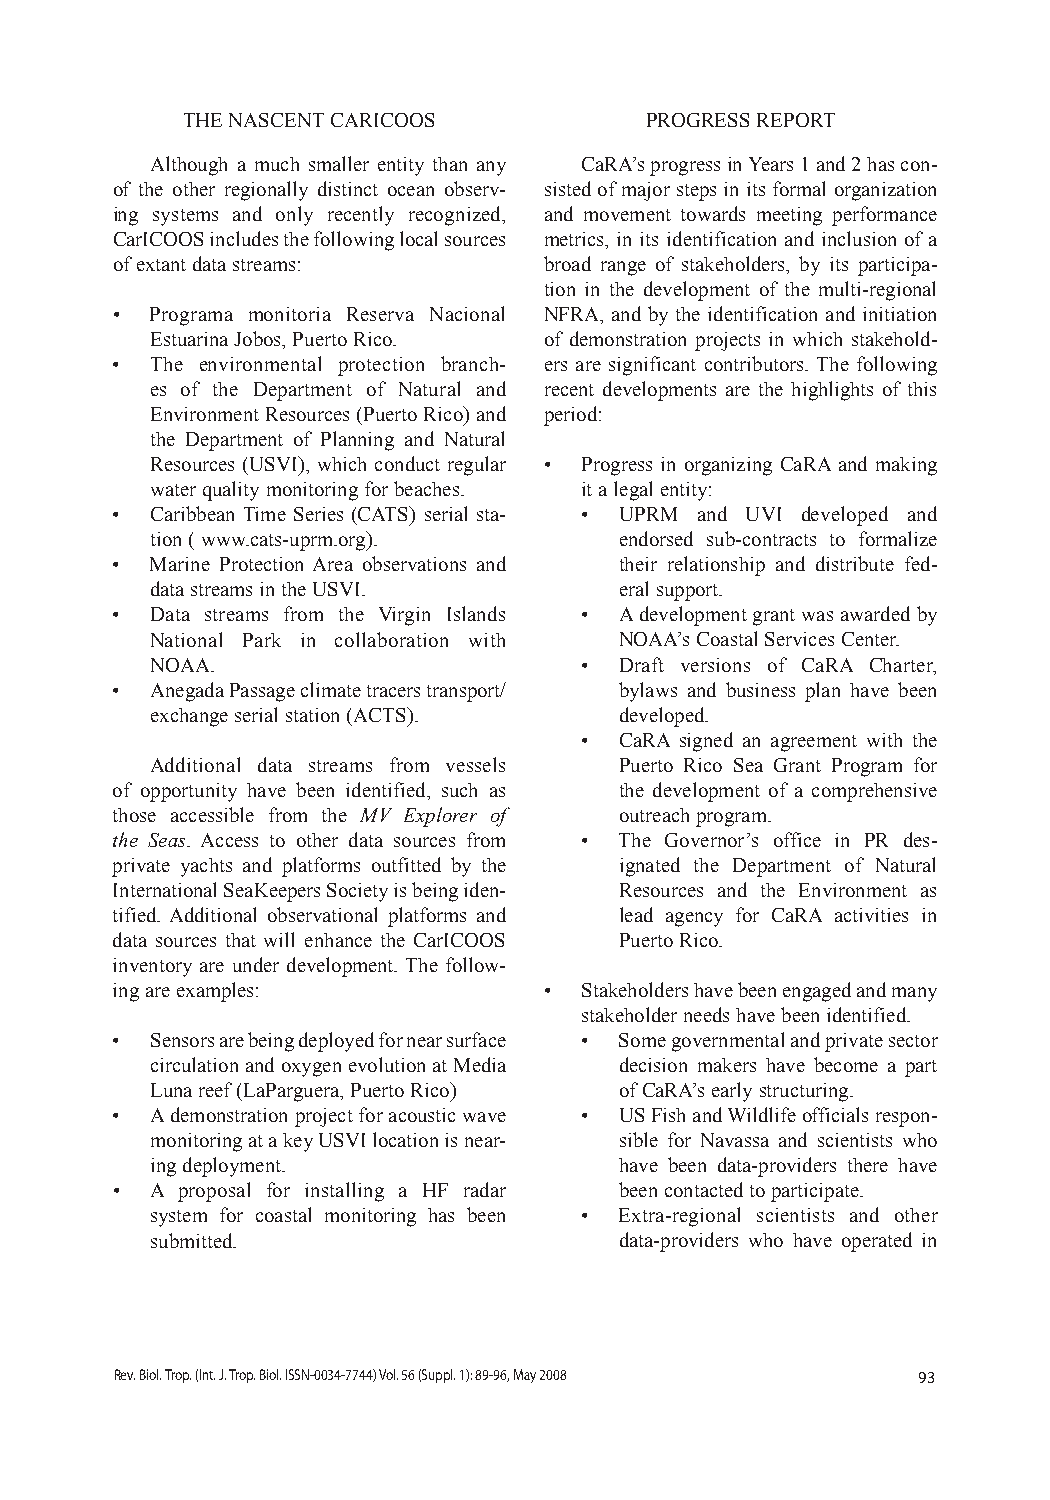
THE NASCENT CARICOOS           PROGRESS REPORT
 Although a much smaller entity than any CaRA’s progress in Years 1 and 2 has con-
 of the other regionally distinct ocean observ- sisted of major steps in its formal organization
 ing systems and only recently recognized, and movement towards meeting performance
 CarICOOS includes the following local sources metrics, in its identification and inclusion of a
 of extant data streams:      broad range of stakeholders, by its participa-
 tion in the development of the multi-regional
 •  Programa monitoria Reserva Nacional NFRA, and by the identification and initiation
 Estuarina Jobos, Puerto Rico. of demonstration projects in which stakehold-
 •  The environmental protection branch- ers are significant contributors. The following
 es of the Department of Natural and recent developments are the highlights of this
 Environment Resources (Puerto Rico) and period:
 the Department of Planning and Natural
 Resources (USVI), which conduct regular • Progress in organizing CaRA and making
 water quality monitoring for beaches. it a legal entity:
 •  Caribbean Time Series (CATS) serial sta- • UPRM and UVI developed and
 tion ( www.cats-uprm.org).     endorsed sub-contracts to formalize
 •  Marine Protection Area observations and their relationship and distribute fed-
 data streams in the USVI.      eral support.
 •  Data streams from the Virgin Islands • A development grant was awarded by
 National Park in collaboration with NOAA’s Coastal Services Center.
 NOAA.                       •  Draft versions of CaRA Charter,
 •  Anegada Passage climate tracers transport/ bylaws and business plan have been
 exchange serial station (ACTS). developed.
 •  CaRA signed an agreement with the
 Additional data streams from vessels Puerto Rico Sea Grant Program for
 of opportunity have been identified, such as the development of a comprehensive
 those accessible from the MV Explorer of outreach program.
 the Seas. Access to other data sources from • The Governor’s office in PR des-
 private yachts and platforms outfitted by the ignated the Department of Natural
 International SeaKeepers Society is being iden- Resources and the Environment as
 tified. Additional observational platforms and lead agency for CaRA activities in
 data sources that will enhance the CarICOOS Puerto Rico.
 inventory are under development. The follow-
 ing are examples:            • Stakeholders have been engaged and many
 stakeholder needs have been identified.
 •  Sensors are being deployed for near surface • Some governmental and private sector
 circulation and oxygen evolution at Media decision makers have become a part
 Luna reef (LaParguera, Puerto Rico) of CaRA’s early structuring.
 •  A demonstration project for acoustic wave • US Fish and Wildlife officials respon-
 monitoring at a key USVI location is near- sible for Navassa and scientists who
 ing deployment.                have been data-providers there have
 •  A proposal for installing a HF radar been contacted to participate.
 system for coastal monitoring has been • Extra-regional scientists and other
 submitted.                     data-providers who have operated in
 Rev. Biol. Trop. (Int. J. Trop. Biol. ISSN-0034-7744) Vol. 56 (Suppl. 1): 89-96, May 2008 93